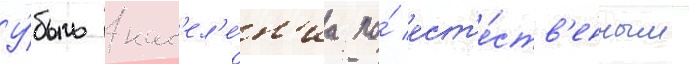
У́быль нас'ел'е́н'иа по́ ест'е́ств'енным